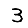
Digit: 3